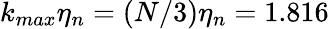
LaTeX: k_{max}\eta_{n}=(N/3)\eta_{n}=1.816